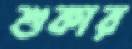
শুকার